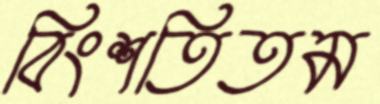
বিংশতিতম